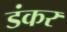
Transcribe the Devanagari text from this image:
डंकर